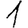
Digit: 1